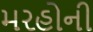
મરહોની